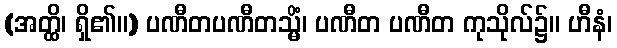
(အတ္ထိ၊ ရှိ၏။) ပဏီတပဏီတသ္မိံ၊ ပဏီတ ပဏီတ ကုသိုလ်၌။ ဟီနံ၊